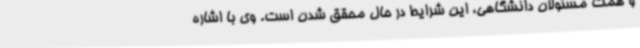
و همت مسئولان دانشگاهی، این شرایط در حال محقق شدن است. وی با اشاره